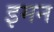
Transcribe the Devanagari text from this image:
इमन